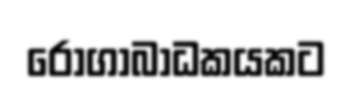
රෝගාබාධකයකට